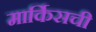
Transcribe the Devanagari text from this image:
मार्किसची